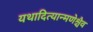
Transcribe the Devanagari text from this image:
यथादित्यान्मणेश्चैव